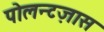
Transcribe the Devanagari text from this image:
पोलन्टज़ास